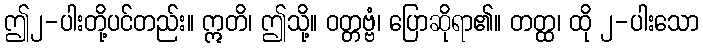
ဤ၂-ပါးတို့ပင်တည်း။ ဣတိ၊ ဤသို့။ ဝတ္တဗ္ဗံ၊ ပြောဆိုရာ၏။ တတ္ထ၊ ထို ၂-ပါးသော